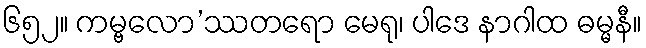
၆၅၂။ ကမ္ဗလော’ဿတရော မေရု၊ ပါဒေ နာဂါထ ဓမ္မနီ။